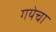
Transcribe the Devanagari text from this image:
गयेचा